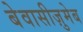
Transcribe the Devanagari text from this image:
बेवासीज़ुमेब